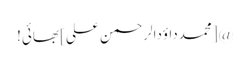
@[محمدداؤدالرحمن علی] بھائی!